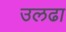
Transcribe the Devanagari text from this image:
उलढा